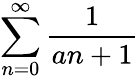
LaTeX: \sum_{n=0}^{\infty}{\frac{1}{an+1}}